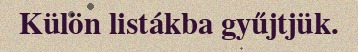
Külön listákba gyűjtjük.